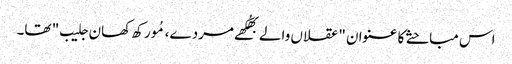
اس مباحثے کا عنوان "عقلاں والے بھُکھے مردے، مُورکھ کھان جلیب" تھا۔